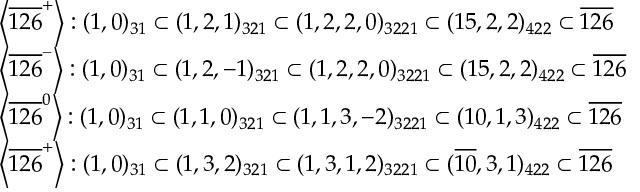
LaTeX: \begin{array} { l } { { \left< \overline { { { 1 2 6 } } } ^ { + } \right> : ( 1 , 0 ) _ { 3 1 } \subset ( 1 , 2 , 1 ) _ { 3 2 1 } \subset ( 1 , 2 , 2 , 0 ) _ { 3 2 2 1 } \subset ( 1 5 , 2 , 2 ) _ { 4 2 2 } \subset \overline { { { 1 2 6 } } } } } \\ { { \left< \overline { { { 1 2 6 } } } ^ { - } \right> : ( 1 , 0 ) _ { 3 1 } \subset ( 1 , 2 , - 1 ) _ { 3 2 1 } \subset ( 1 , 2 , 2 , 0 ) _ { 3 2 2 1 } \subset ( 1 5 , 2 , 2 ) _ { 4 2 2 } \subset \overline { { { 1 2 6 } } } } } \\ { { \left< \overline { { { 1 2 6 } } } ^ { 0 } \right> : ( 1 , 0 ) _ { 3 1 } \subset ( 1 , 1 , 0 ) _ { 3 2 1 } \subset ( 1 , 1 , 3 , - 2 ) _ { 3 2 2 1 } \subset ( 1 0 , 1 , 3 ) _ { 4 2 2 } \subset \overline { { { 1 2 6 } } } } } \\ { { \left< \overline { { { 1 2 6 } } } ^ { + } \right> : ( 1 , 0 ) _ { 3 1 } \subset ( 1 , 3 , 2 ) _ { 3 2 1 } \subset ( 1 , 3 , 1 , 2 ) _ { 3 2 2 1 } \subset ( \overline { { { 1 0 } } } , 3 , 1 ) _ { 4 2 2 } \subset \overline { { { 1 2 6 } } } } } \end{array}